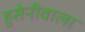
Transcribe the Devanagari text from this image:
हुसेनीवाला